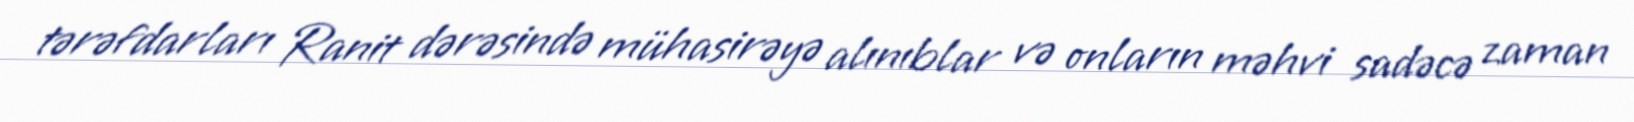
tərəfdarları Ranit dərəsində mühasirəyə alınıblar və onların məhvi sadəcə zaman